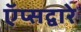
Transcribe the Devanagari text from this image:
ऍप्सद्वारे